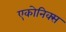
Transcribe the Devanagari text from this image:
एकोनिक्स